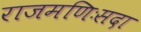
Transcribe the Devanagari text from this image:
राजमणिःसदा